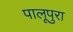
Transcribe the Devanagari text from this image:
पालूपुरा